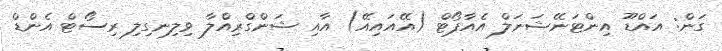
ގަން: އައްޑޫ އިންޓަނޭޝަނަލް އެއާޕޯޓް (އޭއައިއޭ) އާއި ޝަންގްރިއްލާ ވިލިނގިލި ރިސޯޓް އެންޑް